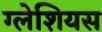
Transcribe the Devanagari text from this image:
ग्लेशियस